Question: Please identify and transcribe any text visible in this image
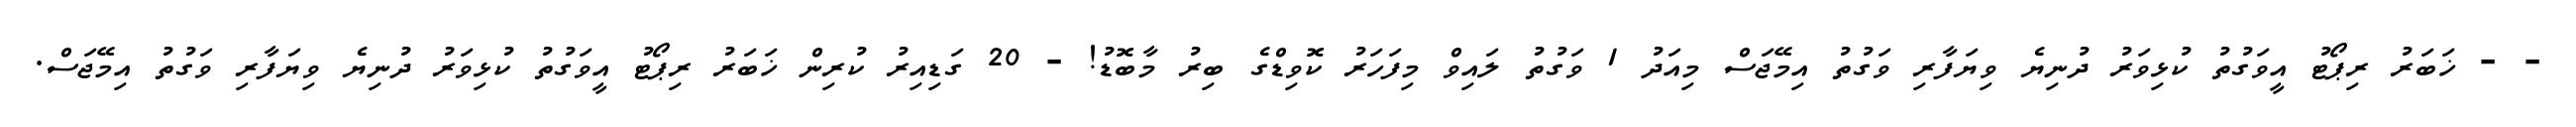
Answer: - - ޚަބަރު ރިޕޯޓު އީވަގުތު ކުޅިވަރު ދުނިޔެ ވިޔަފާރި ވަގުތު އިމޭޖަސް މިއަދު 1 ވަގުތު ލައިވް މިފަހަރު ކޮވިޑްގެ ބިރު މާބޮޑު! - 20 ގަޑިއިރު ކުރިން ޚަބަރު ރިޕޯޓު އީވަގުތު ކުޅިވަރު ދުނިޔެ ވިޔަފާރި ވަގުތު އިމޭޖަސް.